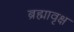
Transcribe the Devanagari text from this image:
ब्रह्मावृक्ष